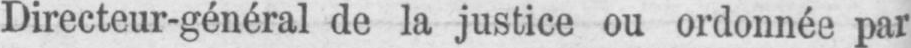
Directeur-général de la justice ou ordonnée par